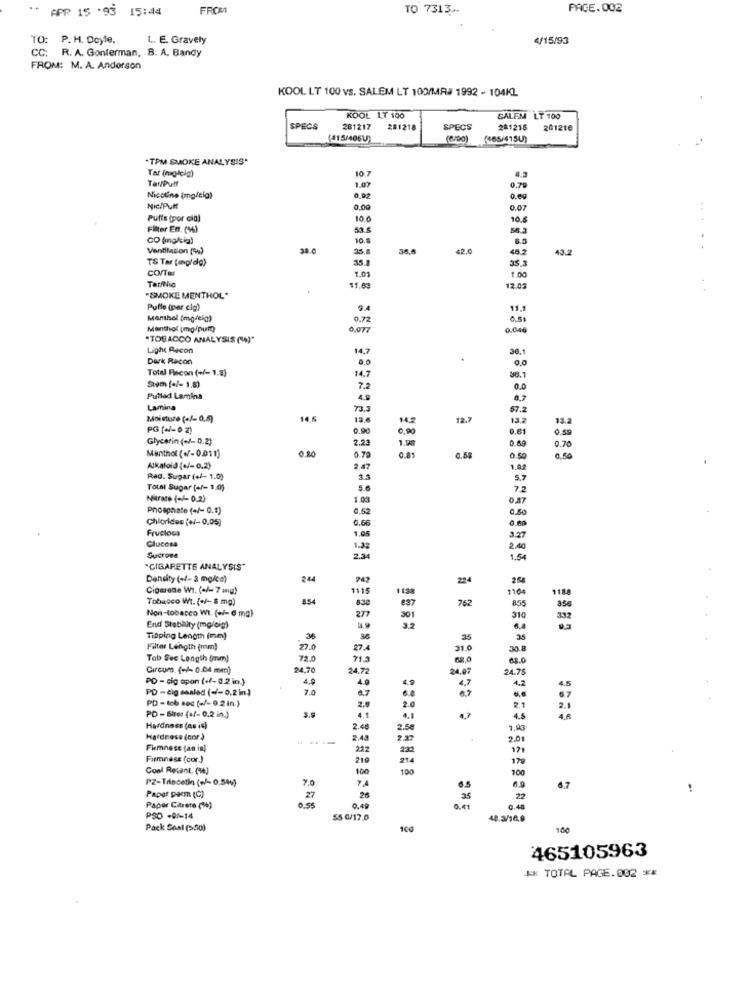
..
APP 15 .93 15:44
FROM
TO 7313-
PACE. 002
TO:
P. H. Doyle.
L. E. Gravely
4/15/93
CC: R. A. Gonterman, B. A. Bandy
FROM: M. A. Andorson
KOOL LT 100 vs. SALEM LT 100/MAJ 1992 - 104KL
KOOL LT 100
SALEM LT 100
SPECS
281217
281218
SPECS
281216
201210
(415/4061)
(6/00)
(465/415U)
. TPM SMOKE ANALYSIS"
Tar (maleig)
Tar/Puff
10.7
1.07
0.79
Nicotine (mgleia)
0.92
Nic/Pult
0.00
0.07
Puffs (por cia)
10.0
10
Filter En. (%)
52.5
CO (mg/cia)
10.8
Ventilation (+)
38.0
35.
34.6
42.0
43.2
. .
TS Tar [mg/dg)
35.3
CO/TE
1.01
1.00
11.4
12.03
"SMOKE MENTHOL*
Puffe (per cip)
11.1
Manskal (mgdeig)
0.72
0.5
Manthat (mg/pump)
0,077
0.046
-TOBACCO ANALYSIS (V)"
Light Recon
14,7
36.1
Dark Racon
.0
Total Recon (+/- 1.83
14.7
36.1
Stom [+/- 1.8)
7.2
Putlad Lamina
4.9
Lamina
87.2
Moisture (+/- 0.4)
14,6
14.
12.
13.2
PG (+/- 0 2)
0.90
0.00
0.61
Glycerin (+/- 0.2)
2.23
0.86
Menthol (+/- 0.011)
0.79
0.81
0.58
0.50
Alkaloid (+/-0.2)
2.47
1.0
Red. Supar (+/- 1.0)
Total Sugar (+/- 1,0)
5.6
Nitrate (+/-0.2)
1.0g
phosphate (+/- 0.9)
Chlorides (+/- 0,05)
0.50
Fructosa
Clucosa
1.08
1.33
SucTone
2.34
"CIGARETTE ANALYSIS"
Density (+/- 3 mg/ce)
244
224
Ciourene Wt. (+/- 7 mig)
1115
Tobacco Wi. (+/- 5 mg)
854
83
762
Non-tobacco Wt. (+/- 6 ma)
301
End Stability (mg/oig)
Tipping Length (mm)
as
Filter Length (mm)
27.0
27.
31.0
Tab Sec Length (mm)
72.0
71.5
Circum. (+/- 0.04 mm)
24.70
24.72
24.97
PD - cig apon (+/-0.2 in.)
4.0
PD - cig sealed (+/- 0.2 in)
7.0
4.0
6.7
PD - tob sec (+/- 0,2 in.}
2.0
PD - Biter (+/- 0.2 in.)
3.0
4.1
4.1
4,7
Hardness (as ic)
2.46
7.05
Hardness (cor )
2.43
2.0
Firmness (an in)
222
Farmnase (cor.)
210
214
Cool Recent. (1)
100
100
PZ-Trincetin (+/- 0.544)
7.0
Paper pocm (C)
6.7
!
27
26
25
Paper Citrate (%)
0.55
0.4
PSO -0/-14
SS 0/17.0
48.3/16,9
Pack Seal (>50)
100
465105963
** TOTAL PAGE.002 **